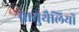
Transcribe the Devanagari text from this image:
वायुथैलियों